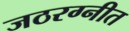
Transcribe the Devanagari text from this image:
जठरग्नीत